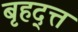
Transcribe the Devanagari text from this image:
बृहद्त्त